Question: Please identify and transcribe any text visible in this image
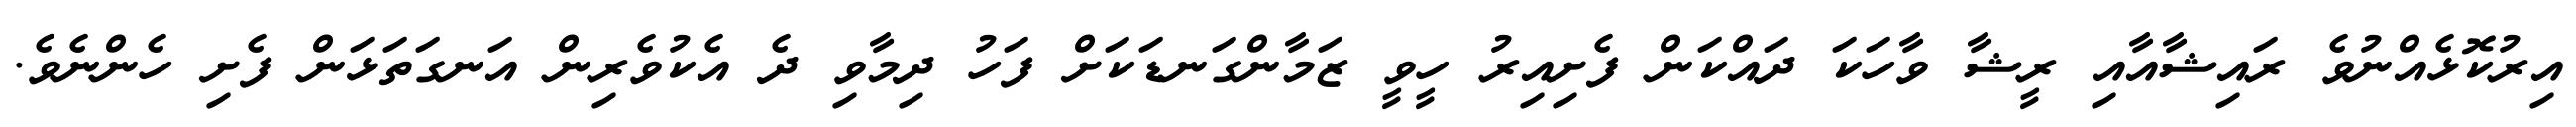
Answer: އިރުކޮޅެއްނުވެ ރައިޝާއާއި ރީޝާ ވާހަކަ ދައްކަން ފެށިއިރު ހީވީ ޒަމާންގަނޑަކަށް ފަހު ދިމާވި ދެ އެކުވެރިން އަނގަތަޅަން ފެށި ހެންނެވެ.